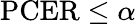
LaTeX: \mathrm{PCER}\leq\alpha